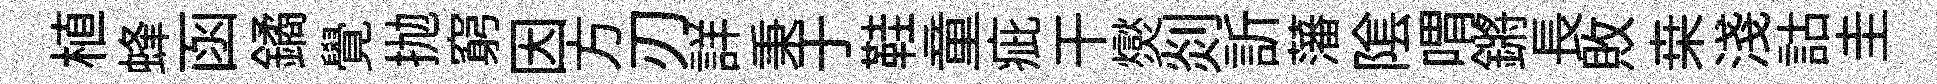
植蜂函鐍覺抛窮因方刃詳秉于鞋童疵干爕剡訢藩隂喟鏘長敗桒淺詁圭